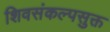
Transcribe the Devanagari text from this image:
शिवसंकल्पसुक्त